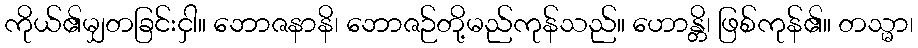
ကိုယ်၏မျှတခြင်းငှါ။ ဘောဇနာနိ၊ ဘောဇဉ်တို့မည်ကုန်သည်။ ဟောန္တိ၊ ဖြစ်ကုန်၏။ တသ္မာ၊